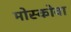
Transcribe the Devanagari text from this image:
मोस्कोवा